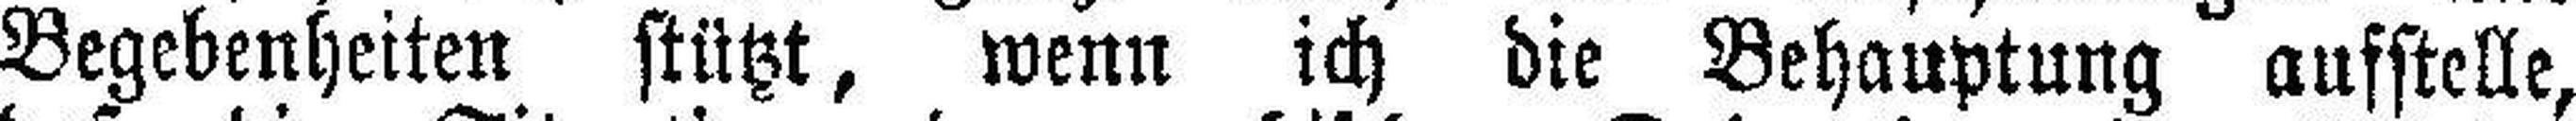
Begebenheiten stützt, wenn ich die Behauptung aufstelle,